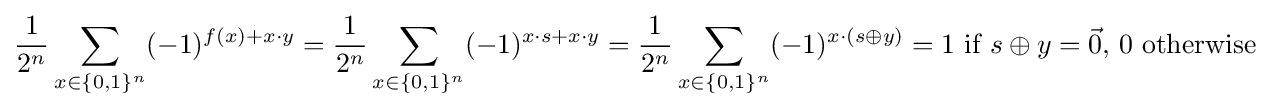
{\frac {1}{2^{n}}}\sum _{x\in \{0,1\}^{n}}(-1)^{f(x)+x\cdot y}={\frac {1}{2^{n}}}\sum _{x\in \{0,1\}^{n}}(-1)^{x\cdot s+x\cdot y}={\frac {1}{2^{n}}}\sum _{x\in \{0,1\}^{n}}(-1)^{x\cdot (s\oplus y)}=1{\text{ if }}s\oplus y={\vec {0}},\,0{\text{ otherwise}}